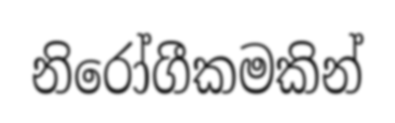
නිරෝගීකමකින්